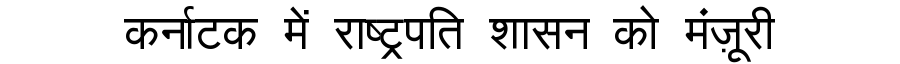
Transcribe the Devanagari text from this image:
कर्नाटक में राष्ट्रपति शासन को मंज़ूरी